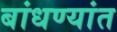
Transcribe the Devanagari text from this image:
बांधण्यांत